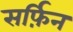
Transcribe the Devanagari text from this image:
सर्फ़िन